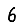
Digit: 6